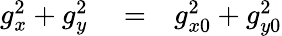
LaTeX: \begin{array}{rlr}{g_{x}^{2}+g_{y}^{2}}&{{}=}&{g_{x0}^{2}+g_{y0}^{2}}\end{array}